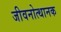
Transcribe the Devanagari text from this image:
जीवनोत्थानक